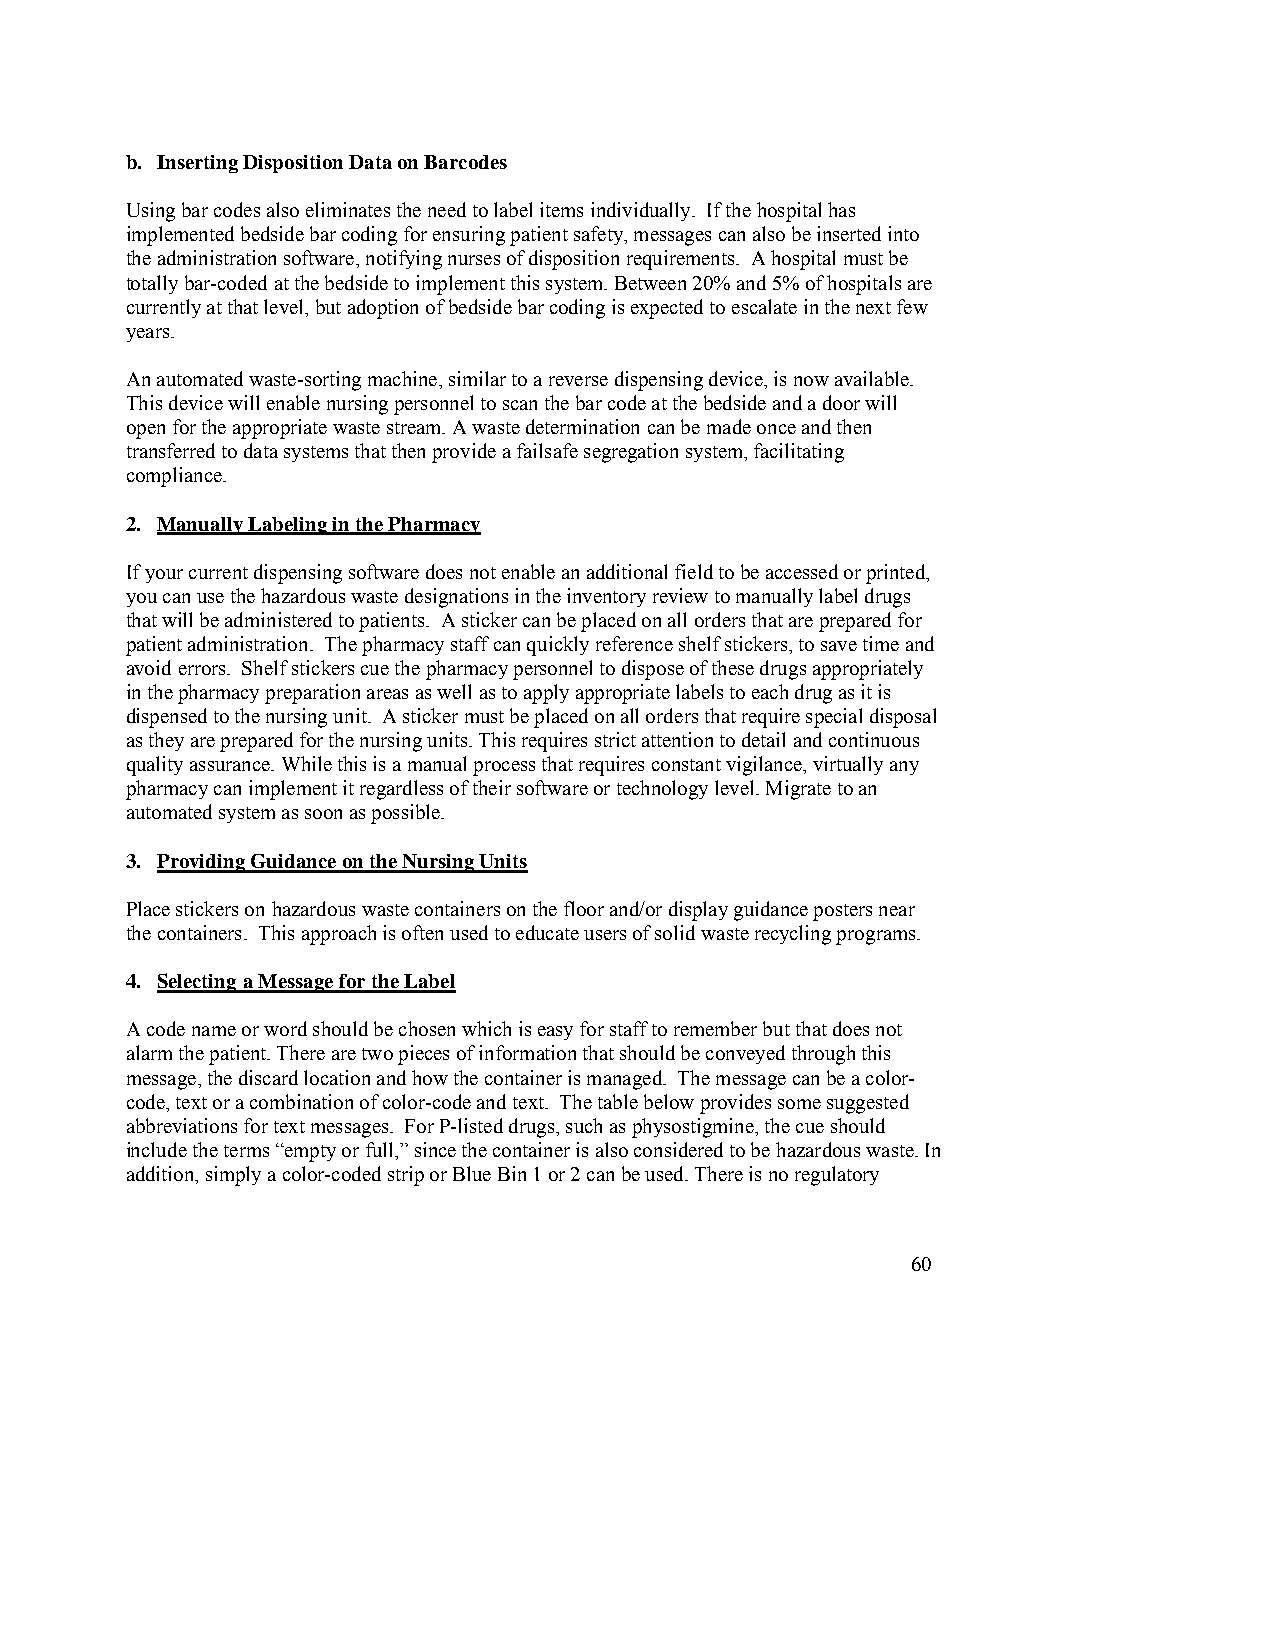
b. Inserting Disposition Data on Barcodes
 Using bar codes also eliminates the need to label items individually. If the hospital has
 implemented bedside bar coding for ensuring patient safety, messages can also be inserted into
 the administration software, notifying nurses of disposition requirements. A hospital must be
 totally bar-coded at the bedside to implement this system. Between 20% and 5% of hospitals are
 currently at that level, but adoption of bedside bar coding is expected to escalate in the next few
 years.
 An automated waste-sorting machine, similar to a reverse dispensing device, is now available.
 This device will enable nursing personnel to scan the bar code at the bedside and a door will
 open for the appropriate waste stream. A waste determination can be made once and then
 transferred to data systems that then provide a failsafe segregation system, facilitating
 compliance.
 2. Manually Labeling in the Pharmacy
 If your current dispensing software does not enable an additional field to be accessed or printed,
 you can use the hazardous waste designations in the inventory review to manually label drugs
 that will be administered to patients. A sticker can be placed on all orders that are prepared for
 patient administration. The pharmacy staff can quickly reference shelf stickers, to save time and
 avoid errors. Shelf stickers cue the pharmacy personnel to dispose of these drugs appropriately
 in the pharmacy preparation areas as well as to apply appropriate labels to each drug as it is
 dispensed to the nursing unit. A sticker must be placed on all orders that require special disposal
 as they are prepared for the nursing units. This requires strict attention to detail and continuous
 quality assurance. While this is a manual process that requires constant vigilance, virtually any
 pharmacy can implement it regardless of their software or technology level. Migrate to an
 automated system as soon as possible.
 3. Providing Guidance on the Nursing Units
 Place stickers on hazardous waste containers on the floor and/or display guidance posters near
 the containers. This approach is often used to educate users of solid waste recycling programs.
 4. Selecting a Message for the Label
 A code name or word should be chosen which is easy for staff to remember but that does not
 alarm the patient. There are two pieces of information that should be conveyed through this
 message, the discard location and how the container is managed. The message can be a color-
 code, text or a combination of color-code and text. The table below provides some suggested
 abbreviations for text messages. For P-listed drugs, such as physostigmine, the cue should
 include the terms “empty or full,” since the container is also considered to be hazardous waste. In
 addition, simply a color-coded strip or Blue Bin 1 or 2 can be used. There is no regulatory
 60